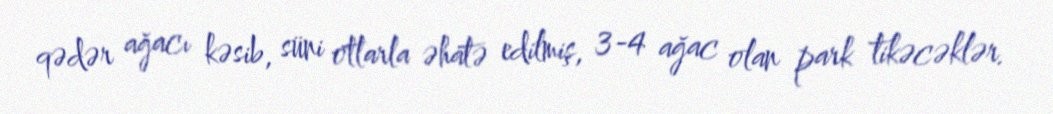
qədər ağacı kəsib, süni otlarla əhatə edilmiş, 3-4 ağac olan park tikəcəklər.